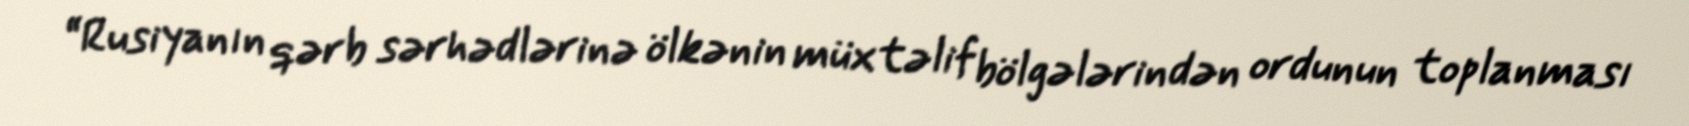
“Rusiyanın qərb sərhədlərinə ölkənin müxtəlif bölgələrindən ordunun toplanması